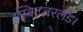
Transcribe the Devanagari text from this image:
स्विटज़रलैंड।